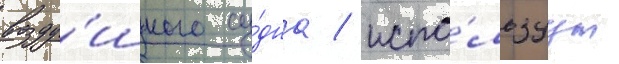
возду́шного су́дна / испо́льзуут